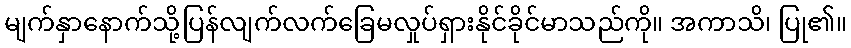
မျက်နှာနောက်သို့ပြန်လျက်လက်ခြေမလှုပ်ရှားနိုင်ခိုင်မာသည်ကို။ အကာသိ၊ ပြု၏။